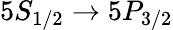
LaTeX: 5S_{1/2}\rightarrow 5P_{3/2}